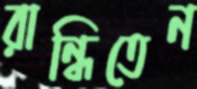
রান্ধিতেন